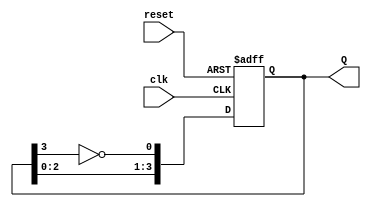
module JohnsonCounter (
    input wire clk,       // Clock signal
    input wire reset,     // Asynchronous reset signal
    output reg [3:0] Q    // 4-bit output representing the counter state
);

// Sequential logic for the Johnson counter
always @(posedge clk or posedge reset) begin
    if (reset) begin
        // Initialize the counter to 0000 on reset
        Q <= 4'b0000;
    end else begin
        // State transition logic for Johnson counter
        Q[0] <= ~Q[3];  // D0 = NOT(Q3)
        Q[1] <= Q[0];   // D1 = Q0
        Q[2] <= Q[1];   // D2 = Q1
        Q[3] <= Q[2];   // D3 = Q2
    end
end

endmodule